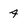
Character: 4